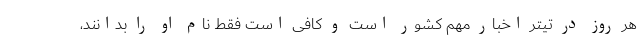
هر روز در تیتر اخبار مهم کشور است و کافی است فقط نام او را بدانند،